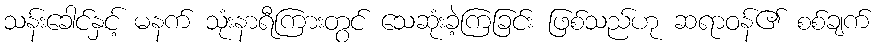
သန်းခေါင်နှင့် မနက် သုံးနာရီကြားတွင် သေဆုံးခဲ့ကြခြင်း ဖြစ်သည်ဟု ဆရာဝန်၏ စစ်ချက်